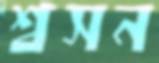
শ্বসন